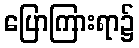
ပြောကြားရာ၌